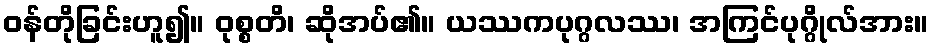
ဝန်တိုခြင်းဟူ၍။ ဝုစ္စတိ၊ ဆိုအပ်၏။ ယဿကပုဂ္ဂလဿ၊ အကြင်ပုဂ္ဂိုလ်အား။